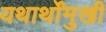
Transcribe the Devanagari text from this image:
यथार्थोंमुखी